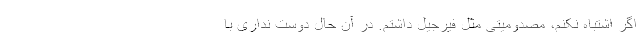
اگر اشتباه نکنم، مصدومیتی مثل فیرجیل داشتم. در آن حال دوست نداری با